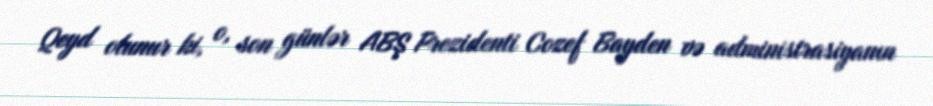
Qeyd olunur ki, o, son günlər ABŞ Prezidenti Cozef Bayden və administrasiyanın